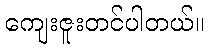
ကျေးဇူးတင်ပါတယ်။